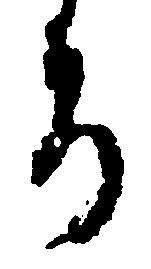
ち